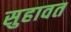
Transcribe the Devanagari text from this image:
सुहावत